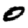
Digit: 0